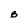
Character: B